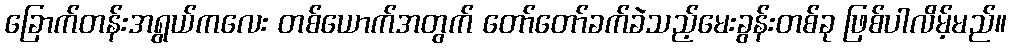
ခြောက်တန်းအရွယ်ကလေး တစ်ယောက်အတွက် တော်တော်ခက်ခဲသည့်မေးခွန်းတစ်ခု ဖြစ်ပါလိမ့်မည်။